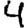
Digit: 4